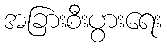
အခြားစီးပွားရေး